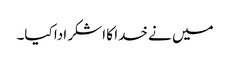
میں نے خدا کا اشکر ادا کیا۔